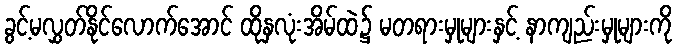
ခွင့်မလွှတ်နိုင်လောက်အောင် ထိုနှလုံးအိမ်ထဲ၌ မတရားမှုများနှင့် နာကျည်းမှုများကို